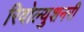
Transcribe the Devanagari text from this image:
रिवोल्युशनरी